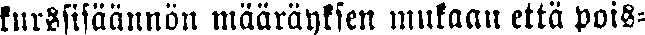
kurssisäännön määräyksen mukaan että pois-